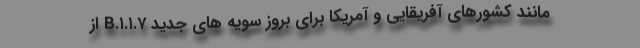
مانند کشورهای آفریقایی و آمریکا برای بروز سویه های جدید B.۱.۱.۷ از